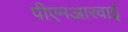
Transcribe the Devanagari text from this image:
पीएमआरवाई